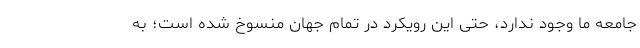
جامعه ما وجود ندارد، حتی این رویکرد در تمام جهان منسوخ شده است؛ به